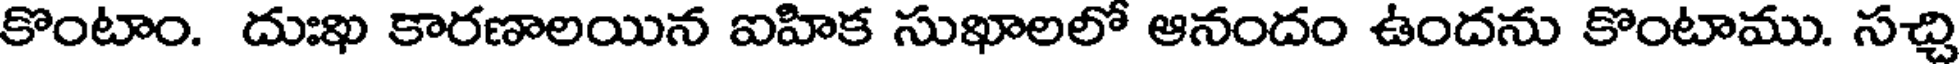
కొంటాం. దుఃఖ కారణాలయిన ఐహిక సుఖాలలో ఆనందం ఉందను కొంటాము. సచ్చి